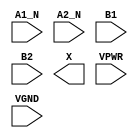
module sky130_fd_sc_hs__o2bb2a (
    //# {{data|Data Signals}}
    input  A1_N,
    input  A2_N,
    input  B1  ,
    input  B2  ,
    output X   ,

    //# {{power|Power}}
    input  VPWR,
    input  VGND
);
endmodule